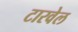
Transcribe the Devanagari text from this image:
टारवेल